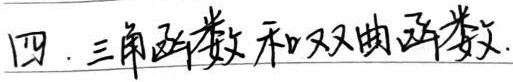
四. 三角函数和双曲函数.